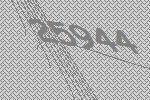
25944